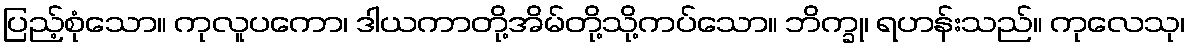
ပြည့်စုံသော။ ကုလူပကော၊ ဒါယကာတို့အိမ်တို့သို့ကပ်သော။ ဘိက္ခု၊ ရဟန်းသည်။ ကုလေသု၊